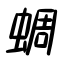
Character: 蜩